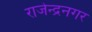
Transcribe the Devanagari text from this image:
राजेन्द्रनगर